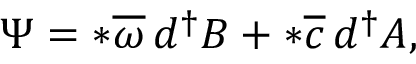
\Psi = * \overline { { { \omega } } } \, d ^ { \dagger } B + * \overline { { { c } } } \, d ^ { \dagger } A ,